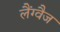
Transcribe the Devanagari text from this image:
लैंग्वैज